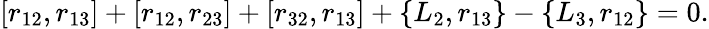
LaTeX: [r_{12},r_{13}]+[r_{12},r_{23}]+[r_{32},r_{13}]+\{ L_{2},r_{13}\} -\{ L_{3},r_{12}\} =0.